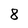
Character: 8